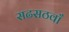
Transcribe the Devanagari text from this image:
सढसठवाँ